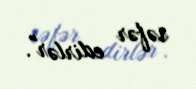
səfər edirlər".